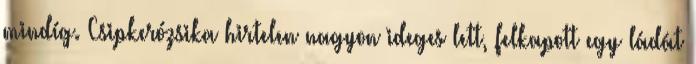
mindíg. Csipkerózsika hirtelen nagyon ideges lett, felkapott egy ládát